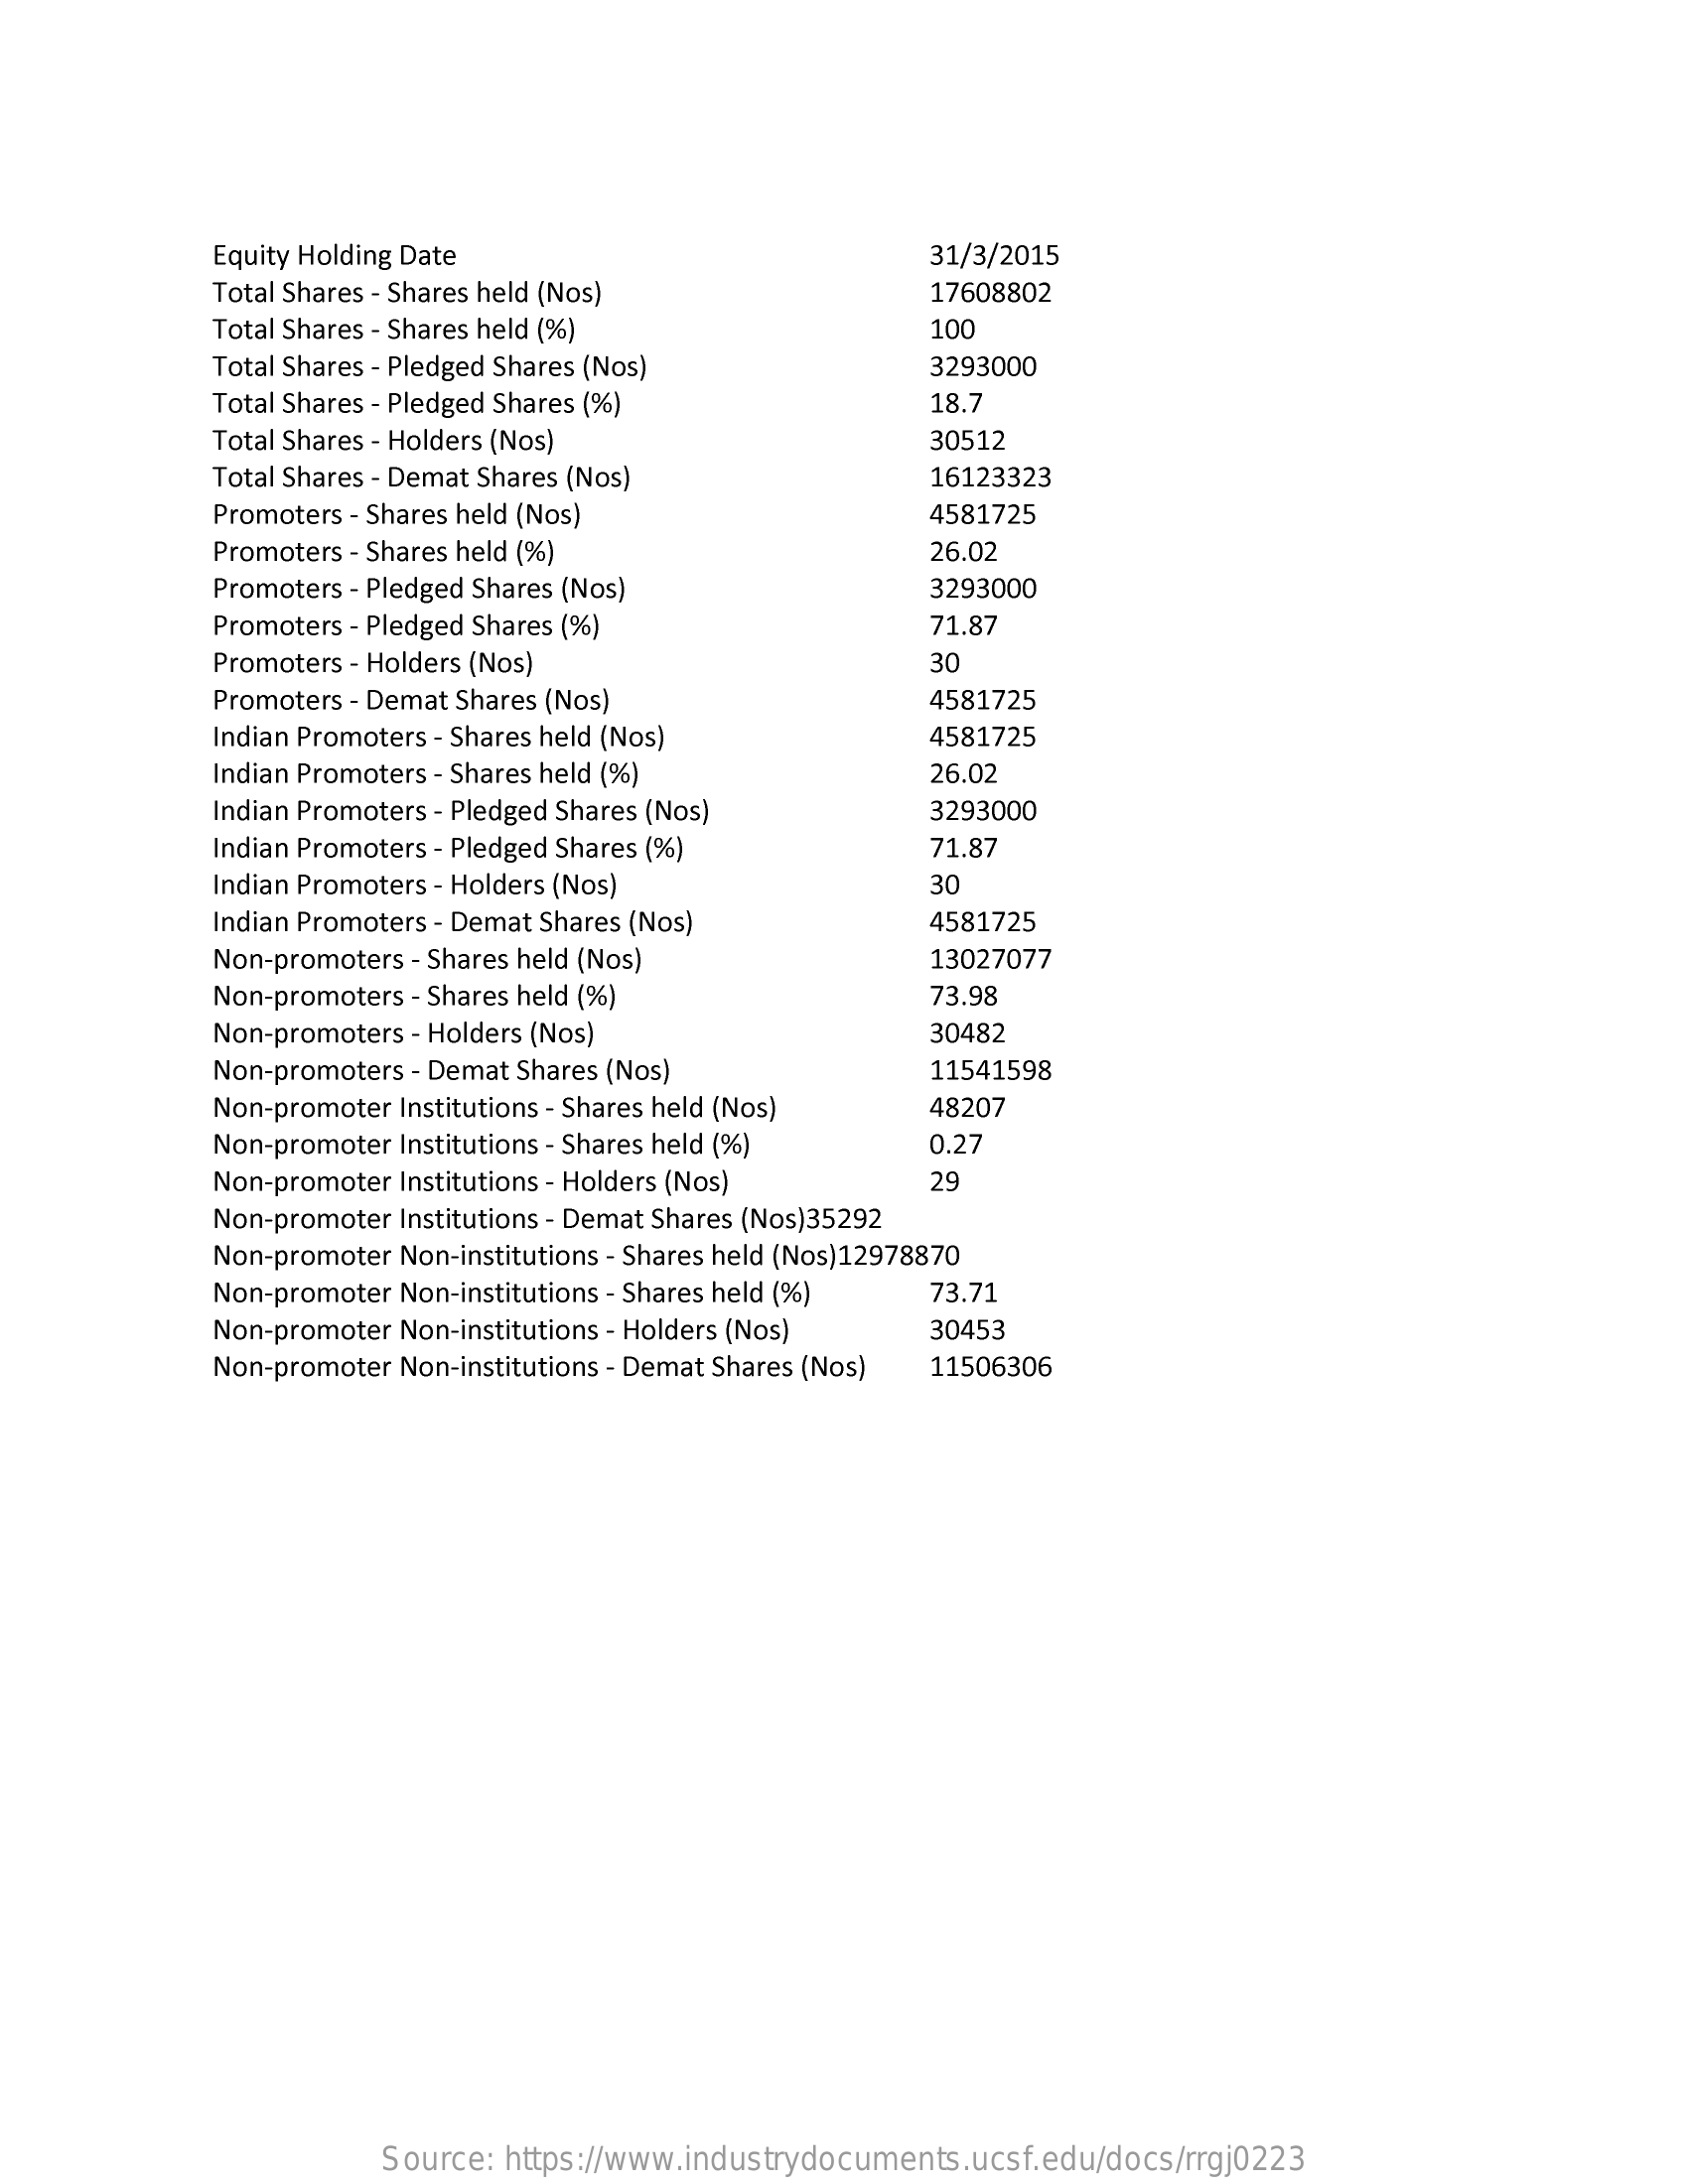
Equity Holding Date    31/3/2015
     Total Shares - Shares held (Nos)    17608802
     Total Shares - Shares held (%)    100
     Total Shares - Pledged Shares (Nos)    3293000
     Total Shares - Pledged Shares (%)    18.7
     Total Shares - Holders (Nos)    30512
     Total Shares - Demat Shares (Nos)    16123323
     Promoters - Shares held (Nos)    4581725
     Promoters - Shares held (%)    26.02
     Promoters - Pledged Shares (Nos)    3293000
     Promoters - Pledged Shares (%)    71.87
     Promoters - Holders (Nos)    30
     Promoters - Demat Shares (Nos)    4581725
     Indian Promoters - Shares held (Nos)    4581725
     Indian Promoters - Shares held (%)    26.02
     Indian Promoters - Pledged Shares (Nos)    3293000
     Indian Promoters - Pledged Shares (%)    71.87
     Indian Promoters - Holders (Nos)    30
     Indian Promoters - Demat Shares (Nos)    4581725
     Non-promoters - Shares held (Nos)    13027077
     Non-promoters - Shares held (%)    73.98
     Non-promoters - Holders (Nos)    30482
     Non-promoters - Demat Shares (Nos)    11541598
     Non-promoter Institutions - Shares held (Nos) 48207
     Non-promoter Institutions - Shares held (%)   0.27
     Non-promoter Institutions - Holders (Nos)    29
     Non-promoter Institutions - Demat Shares (Nos)35292
     Non-promoter Non-institutions - Shares held (Nos)12978870
     Non-promoter Non-institutions - Shares held (%) 73.71
     Non-promoter Non-institutions - Holders (Nos) 30453
     Non-promoter Non-institutions - Demat Shares (Nos) 11506306
     Source: https://www.industrydocuments.ucsf.edu/docs/rrgj0223